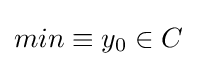
min\equiv y_{0}\in C